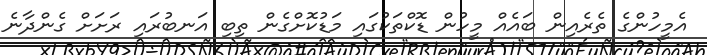
އެމީހުންގެ ތެރެއިން ބައެއް މީހުން ޑޮކްތަކުގައި މަޑުކޮށްގެން ތިބި އަނބުރައި ރަށަށް ގެންދާނެ